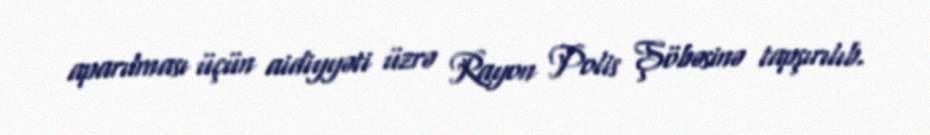
aparılması üçün aidiyyəti üzrə Rayon Polis Şöbəsinə tapşırılıb.